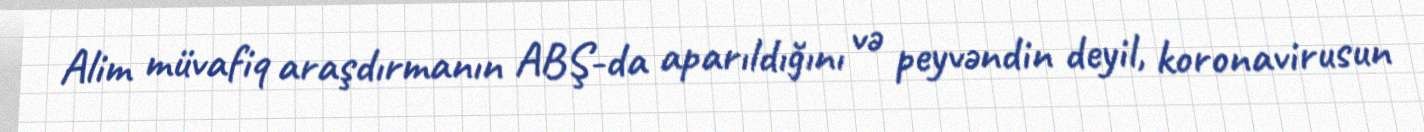
Alim müvafiq araşdırmanın ABŞ-da aparıldığını və peyvəndin deyil, koronavirusun